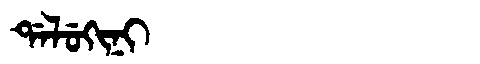
Manchu: ᡩᠠᠯᡠᡴᡳᠨᡳ
Romanization: DALUKINI